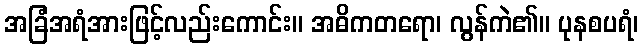
အခြံအရံအားဖြင့်လည်းကောင်း။ အဓိကတရော၊ လွန်ကဲ၏။ ပုနစပရံ၊